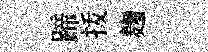
蹄㧞麹